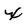
Character: x